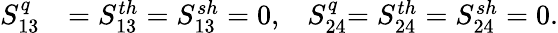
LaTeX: \begin{array}{rl}{{S_{13}^{q}}}&{{}{=S_{13}^{th}=S_{13}^{sh}=0,}\quad{S_{24}^{q}}{=S_{24}^{th}=S_{24}^{sh}=0}.}\end{array}